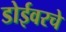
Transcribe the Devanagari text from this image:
डोईवरचे